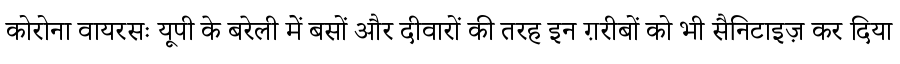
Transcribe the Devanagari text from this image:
कोरोना वायरसः यूपी के बरेली में बसों और दीवारों की तरह इन ग़रीबों को भी सैनिटाइज़ कर दिया